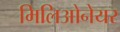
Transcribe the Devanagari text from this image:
मिलिओनेयर